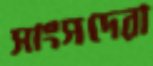
সাংসদেরা